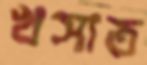
খসাত